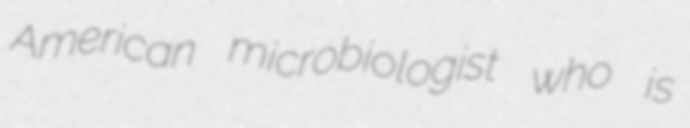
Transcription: American microbiologist who is